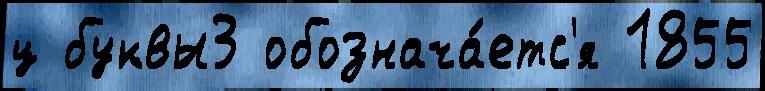
ц буквы3 обознача́етс'я 1855